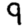
Digit: 9